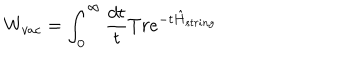
W _ { v a c } = \int _ { 0 } ^ { \infty } \frac { d t } { t } T r e ^ { - t \hat { H } _ { s t r i n g } }